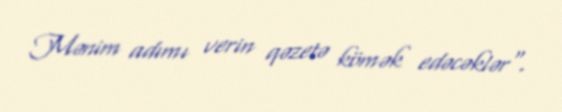
Mənim adımı verin qəzetə kömək edəcəklər".